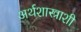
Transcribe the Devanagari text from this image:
अर्थशास्त्राशी